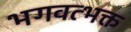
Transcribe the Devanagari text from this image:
भगवत्भक्त